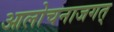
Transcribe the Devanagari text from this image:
आलोचनाजगत्